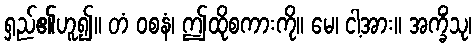
ရှည်၏ဟူ၍။ တံ ဝစနံ၊ ဤထိုစကားကို။ မေ၊ ငါ့အား။ အက္ခိံသု၊